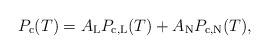
LaTeX: \begin{align*}P_\mathrm{c}(T)=A_\mathrm{L}P_{\mathrm{c},\mathrm{L}}(T)+A_\mathrm{N}P_{\mathrm{c},\mathrm{N}}(T),\end{align*}